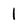
Character: l